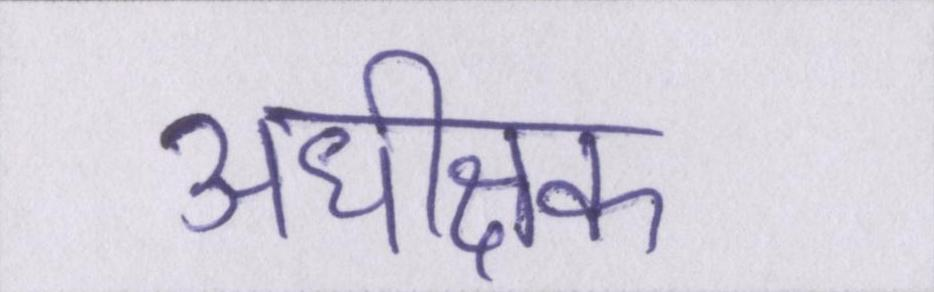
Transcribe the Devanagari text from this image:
अधीक्षक